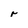
Character: r